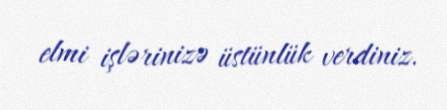
elmi işlərinizə üstünlük verdiniz.